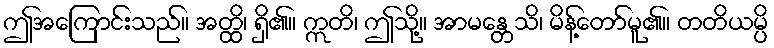
ဤအကြောင်းသည်။ အတ္ထိ၊ ရှိ၏။ ဣတိ၊ ဤသို့။ အာမန္တေသိ၊ မိန့်တော်မူ၏။ တတိယမ္ပိ